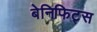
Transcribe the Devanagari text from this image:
बेनिफिट्स